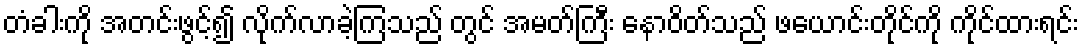
တံခါးကို အတင်းဖွင့်၍ လိုက်လာခဲ့ကြသည် တွင် အမတ်ကြီး နောဝိတ်သည် ဖယောင်းတိုင်ကို ကိုင်ထားရင်း